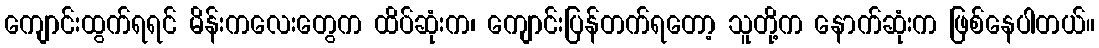
ကျောင်းထွက်ရရင် မိန်းကလေးတွေက ထိပ်ဆုံးက၊ ကျောင်းပြန်တက်ရတော့ သူတို့က နောက်ဆုံးက ဖြစ်နေပါတယ်။